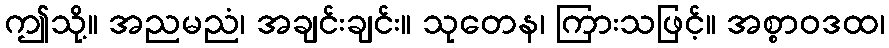
ဤသို့။ အညမညံ၊ အချင်းချင်း။ သုတေန၊ ကြားသဖြင့်။ အစ္စာဝဒထ၊